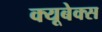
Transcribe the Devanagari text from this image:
क्यूबेक्स